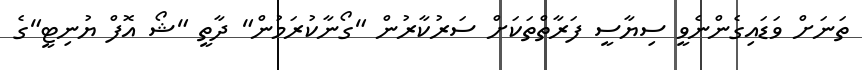
ތަނަށް ވަޑައިގެންނެވީ ސިޔާސީ ފަރާތްތަކަށް ސަރުކާރުން "ގޯނާކުރަމުން" ދާތީ "ޝޯ އޮފް ޔުނިޓީ"ގެ